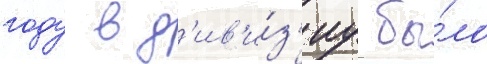
году в д'ив'и́з'иу бы́ло